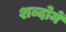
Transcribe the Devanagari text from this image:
शब्दोमें